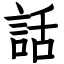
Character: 話